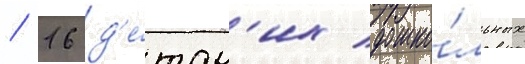
/ 16 д'е́тск'их дошко́льных